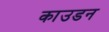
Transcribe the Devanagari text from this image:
काउडन